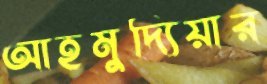
আহমুদ্যিয়ার